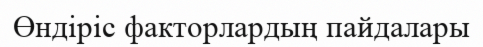
Өндіріс факторлардың пайдалары